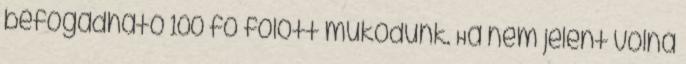
befogadható 100 fő fölött működünk. Ha nem jelent volna